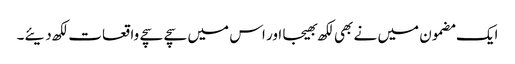
ایک مضمون میں نے بھی لکھ بھیجا اور اس میں سچے سچے واقعات لکھ دیئے۔